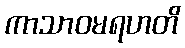
ကာသာဝမရဟတိ